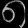
Digit: ၈